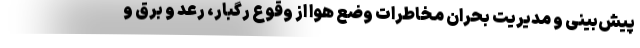
پیش‌بینی و مدیریت بحران مخاطرات وضع هوا از وقوع رگبار، رعد و برق و